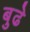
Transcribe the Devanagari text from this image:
बुढे